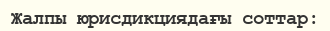
Жалпы юрисдикциядағы соттар: